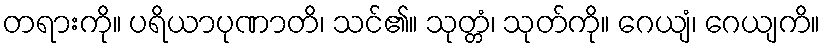
တရားကို။ ပရိယာပုဏာတိ၊ သင်၏။ သုတ္တံ၊ သုတ်ကို။ ဂေယျံ၊ ဂေယျကိ။